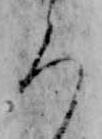
ろ